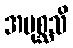
အပုစ္ဆသိ